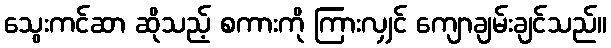
သွေးကင်ဆာ ဆိုသည့် စကားကို ကြားလျှင် ကျောချမ်းချင်သည်။